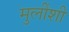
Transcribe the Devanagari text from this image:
मुलींशी